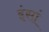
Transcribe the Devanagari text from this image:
इंसां